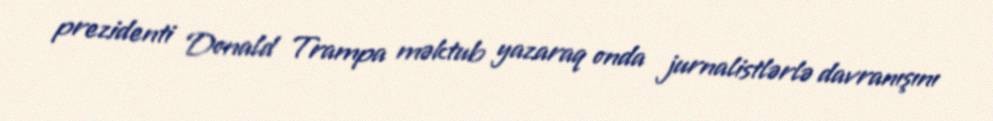
prezidenti Donald Trampa məktub yazaraq onda jurnalistlərlə davranışını